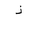
Letter: _thal